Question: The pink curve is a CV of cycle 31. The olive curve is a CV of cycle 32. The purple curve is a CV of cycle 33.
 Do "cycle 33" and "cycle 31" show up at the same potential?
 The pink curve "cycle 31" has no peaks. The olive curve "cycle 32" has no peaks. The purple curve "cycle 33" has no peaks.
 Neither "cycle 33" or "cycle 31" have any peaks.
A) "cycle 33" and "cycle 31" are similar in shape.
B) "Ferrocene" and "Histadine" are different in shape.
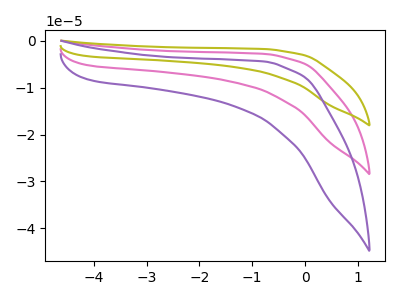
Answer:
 <answer>A) "cycle 33" and "cycle 31" are similar in shape.</answer>
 <eval>A</eval>